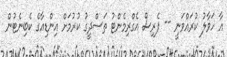
އާ ހަވާލު ކުރައްވަނީ -- ޕެރިސް އެގްރިމެންޓު ތަސްދީގު ކުރުމަށް އިންޑިއާގެ ކެބިނެޓުން